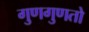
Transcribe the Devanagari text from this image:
गुणगुणतो